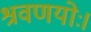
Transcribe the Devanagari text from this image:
श्रवणयोः।